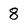
Character: 8